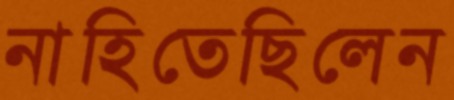
নাহিতেছিলেন